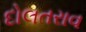
દોલતરાવ